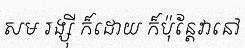
សម រង្ស៊ី ក៏ដោយ ក៏ប៉ុន្តែវានៅ